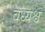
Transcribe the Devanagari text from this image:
वध्यश्व